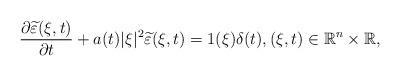
LaTeX: \begin{align*} \frac{\partial \widetilde{\varepsilon}(\xi,t)}{\partial t}+a(t)|\xi|^{2} \widetilde{\varepsilon}(\xi,t)=1(\xi)\delta(t),(\xi,t)\in\mathbb{R}^{n}\times\mathbb{R},\end{align*}